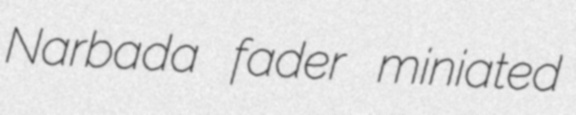
Narbada fader miniated